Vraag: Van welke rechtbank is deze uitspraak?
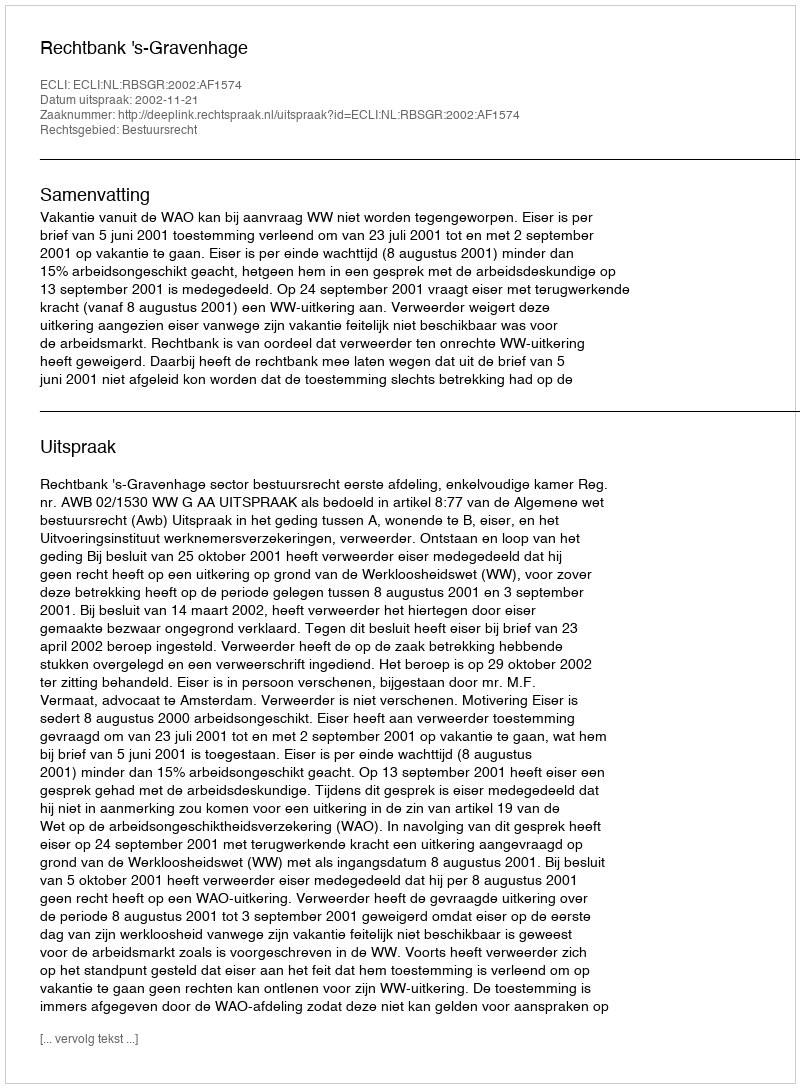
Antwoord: Rechtbank 's-Gravenhage